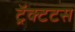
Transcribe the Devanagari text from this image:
ट्रॅक्टटस